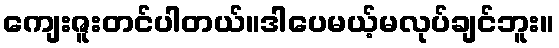
ကျေးဇူးတင်ပါတယ်။ဒါပေမယ့်မလုပ်ချင်ဘူး။